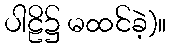
ပါဠိ၌ မထင်ခဲ့)။